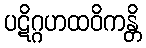
ပဋိဂ္ဂဟထဝိကန္တိ